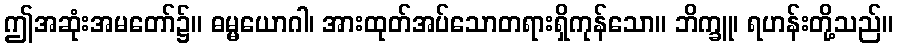
ဤအဆုံးအမတော်၌။ ဓမ္မယောဂါ၊ အားထုတ်အပ်သောတရားရှိကုန်သော။ ဘိက္ခူ၊ ရဟန်းတို့သည်။